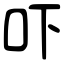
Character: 吓